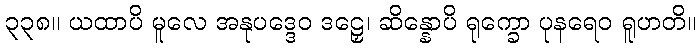
၃၃၈။ ယထာပိ မူလေ အနုပဒ္ဒေဝ ဒဠှေ၊ ဆိန္နောပိ ရုက္ခော ပုနရေဝ ရူဟတိ။